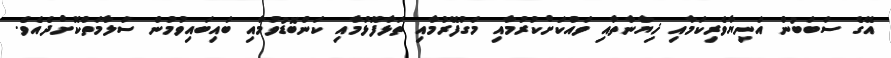
އޭގެ ސަބަބުން އަނިޔާވެރިކަމާއި ޚިޔާނާތާއި ވައްކަށްކުރުމާއި މަގުފޭރުމާއި ތަޅާފޮޅުމާއި ކަންބޮޑުވުމާއި ބައިބައިވުމުން ސަލާމަތްކޮށްދެއެވެ.